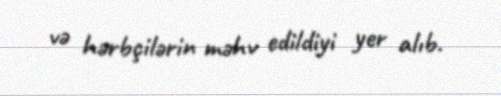
və hərbçilərin məhv edildiyi yer alıb.